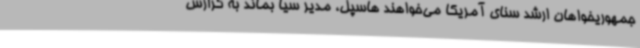
جمهوریخواهان ارشد سنای آمریکا می‌خواهند هاسپل، مدیر سیا بماند به گزارش